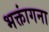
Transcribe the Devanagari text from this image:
भक्तांगना